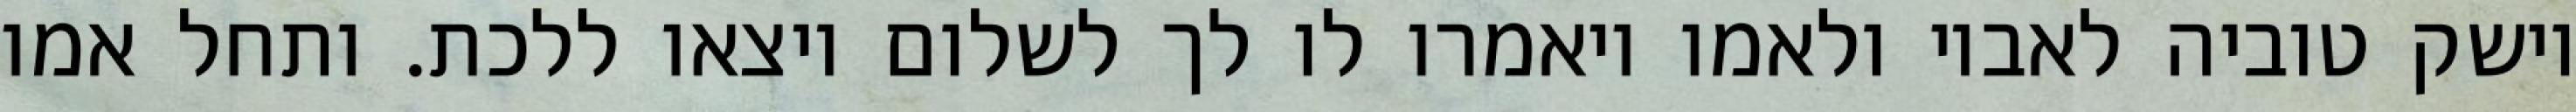
וישק טוביה לאביו ולאמו ויאמרו לו לך לשלום ויצאו ללכת. ותחל אמו